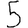
Digit: 5